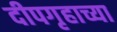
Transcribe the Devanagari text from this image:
दीपगृहाच्या